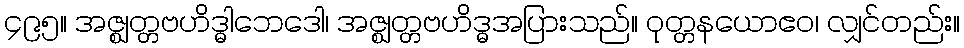
၄၉၅။ အဇ္ဈတ္တဗဟိဒ္ဓါဘေဒေါ၊ အဇ္ဈတ္တဗဟိဒ္ဓအပြားသည်။ ဝုတ္တနယောဧဝ၊ လျှင်တည်း။